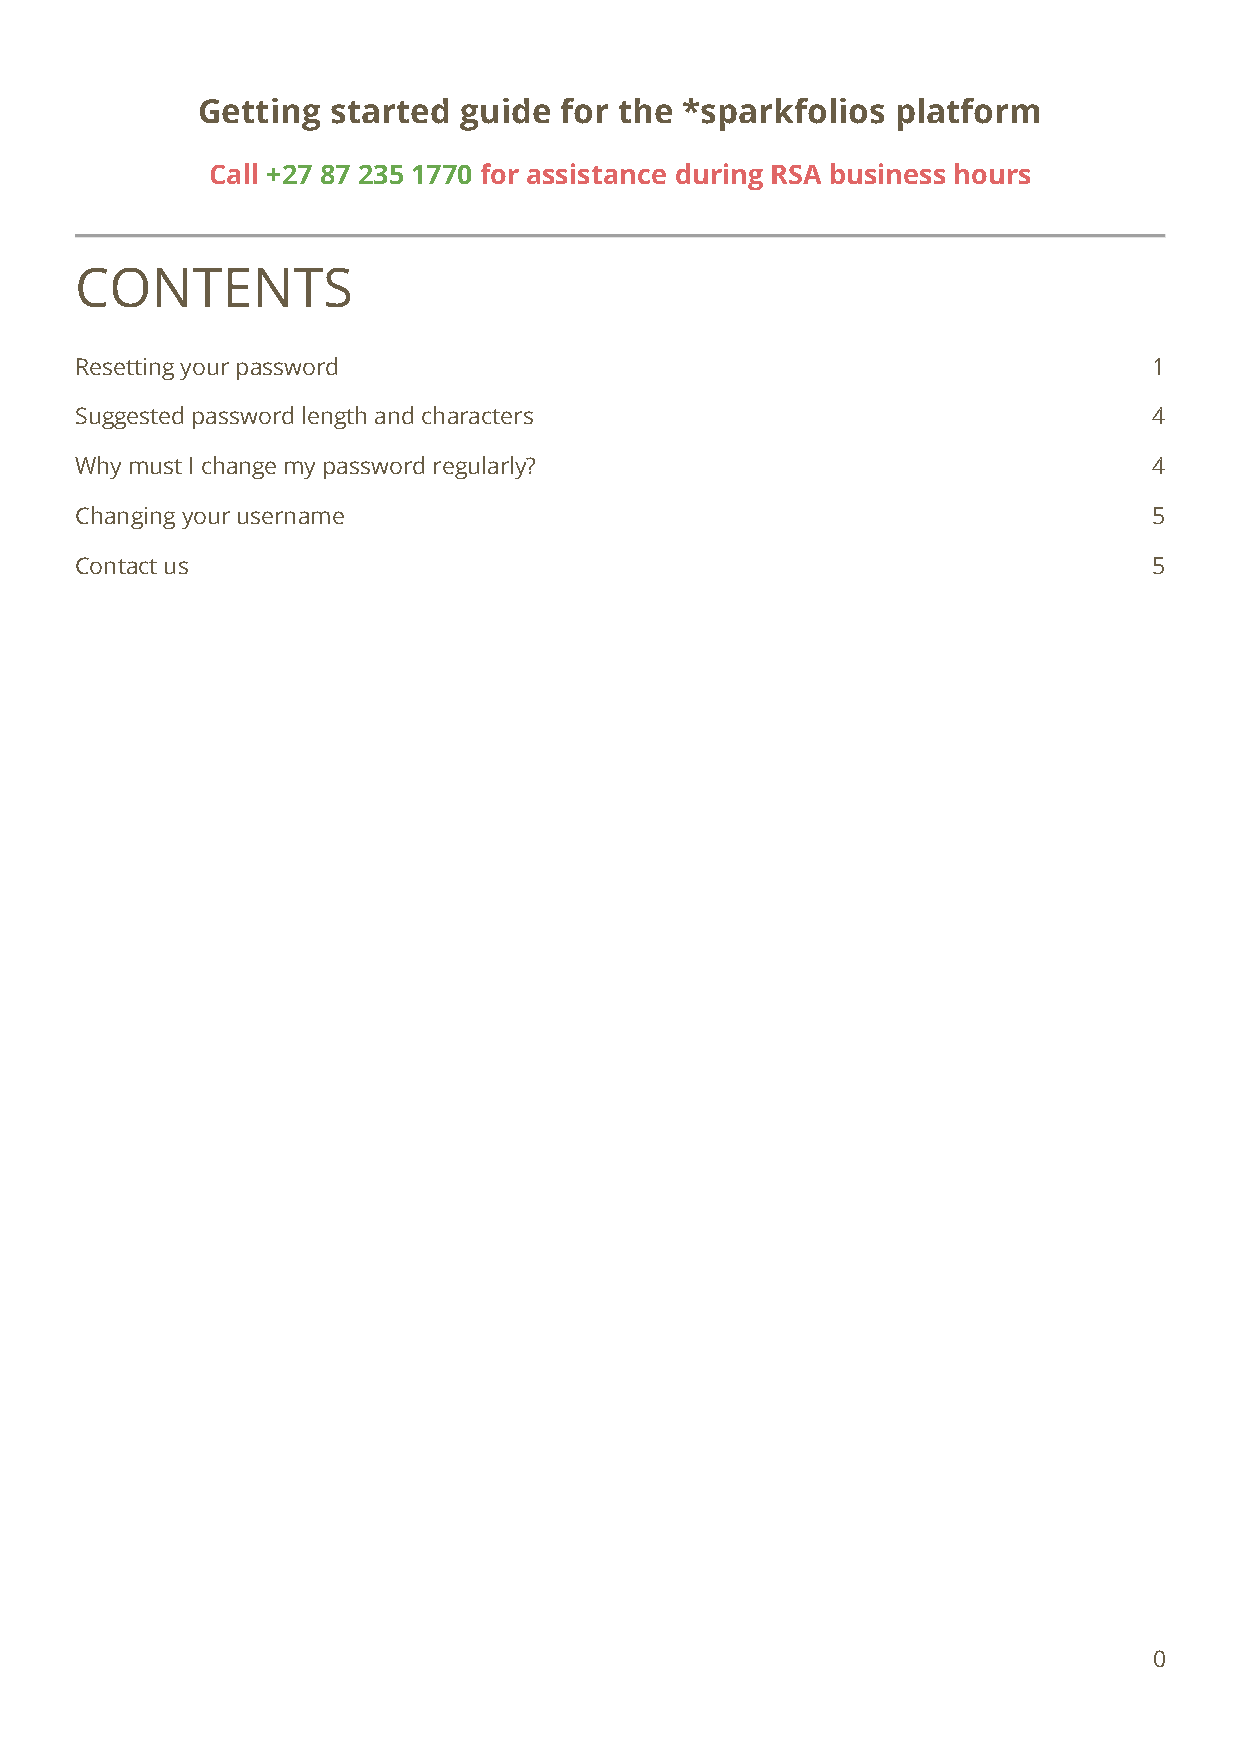
Getting  started guide  for the *sparkfolios  platform
 Call +27 87 235 1770 for assistance during RSA business hours
 CONTENTS
 Resetting your password                                                1
 Suggested password length and characters                               4
 Why must I change my password regularly?                               4
 Changing your username                                                 5
 Contact us                                                             5
 0